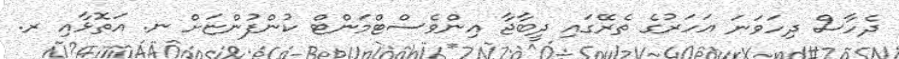
ދެހާސް ދިހަވަނަ އަހަރުގެ ތެރޭގައި ދީބާޖާ އިންވެސްޓްމަންޓް ކުންފުންޏަށް ނ. އަތޮޅާއި ރ.